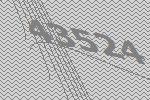
43524